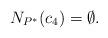
LaTeX: \begin{align*}N_{P^*}(c_4)=\emptyset.\end{align*}